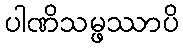
ပါဏိသမ္ဖဿာပိ